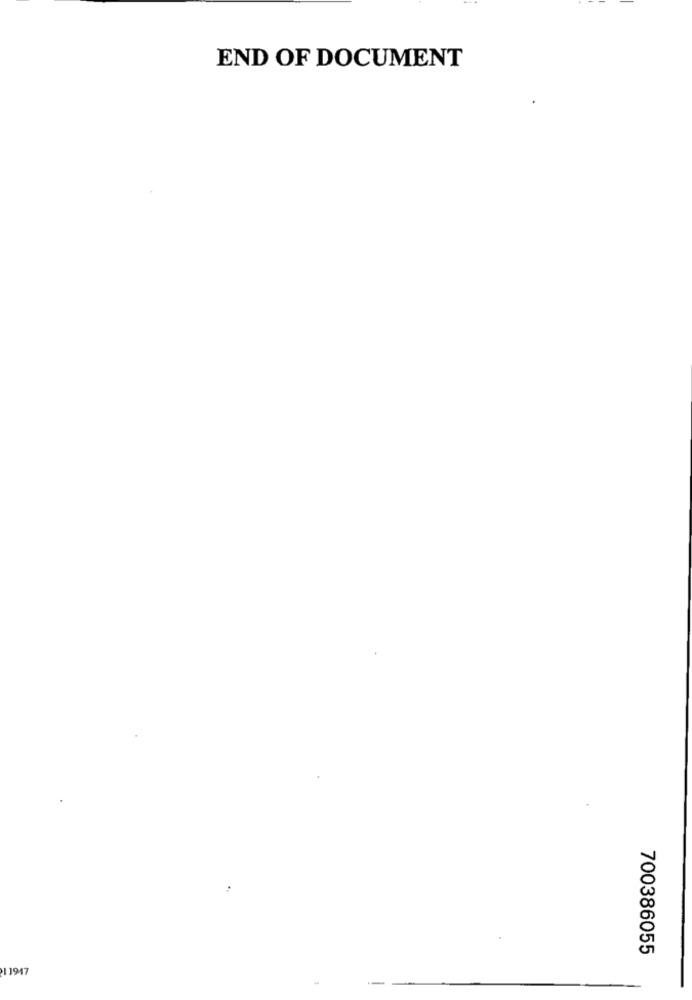
END OF DOCUMENT
700386055
11917